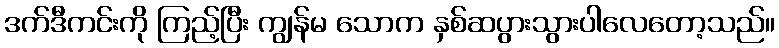
ဒက်ဒီကင်းကို ကြည့်ပြီး ကျွန်မ သောက နှစ်ဆပွားသွားပါလေတော့သည်။